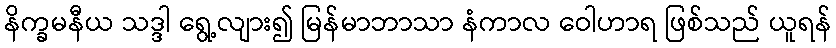
နိက္ခမနီယ သဒ္ဒါ ရွေ့လျား၍ မြန်မာဘာသာ နံကာလ ဝေါဟာရ ဖြစ်သည် ယူရန်